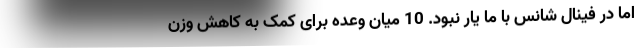
اما در فینال شانس با ما یار نبود. 10 میان وعده برای کمک به کاهش وزن